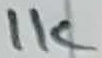
Text: 1K